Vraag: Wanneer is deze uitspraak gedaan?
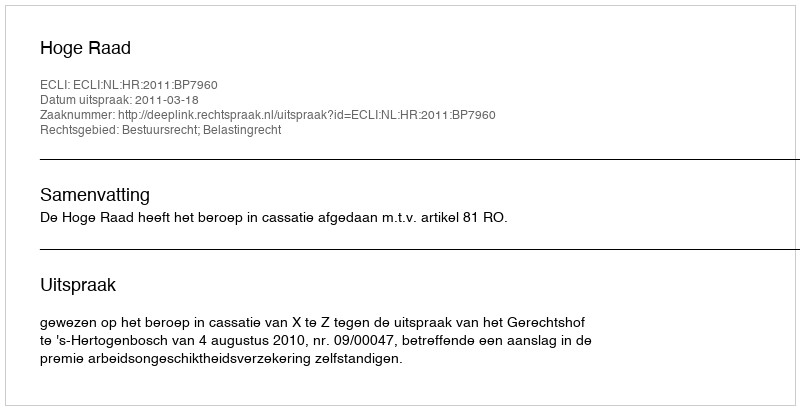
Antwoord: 2011-03-18